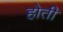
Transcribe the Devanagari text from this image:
होती